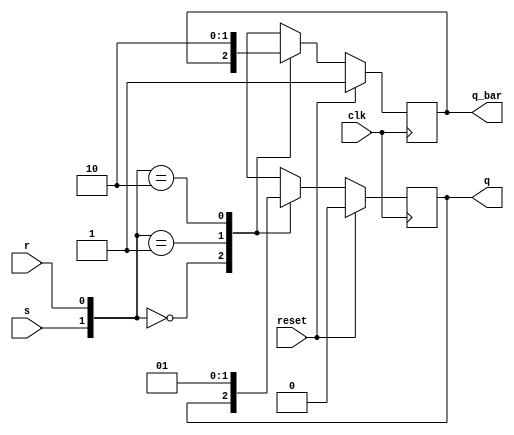






module SR_FF(q, q_bar, s, r, clk, reset);

input s,r,clk, reset;

output reg q,q_bar;

always @(posedge clk)
begin 
if (reset)
begin 
q = 1'b0;
q_bar = 1'b1;
end 
else 
begin 
case ({s, r})
{1'b0, 1'b0}: begin q = q; q_bar = q_bar; end
{1'b0, 1'b1}: begin q = 0; q_bar = 1; end
{1'b1, 1'b0}: begin q = 1; q_bar = 0; end
{1'b1, 1'b1}: begin q = 1'bx; q_bar = 1'bx; end
endcase
end
end  

endmodule